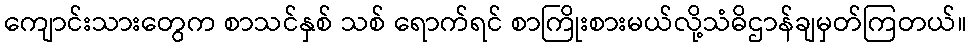
ကျောင်းသားတွေက စာသင်နှစ် သစ် ရောက်ရင် စာကြိုးစားမယ်လို့သံဓိဌာန်ချမှတ်ကြတယ်။